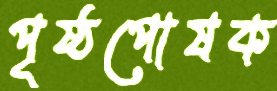
পৃষ্ঠপোষক